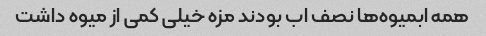
همه ابمیوه‌ها نصف اب بودند مزه خیلی کمی از میوه داشت